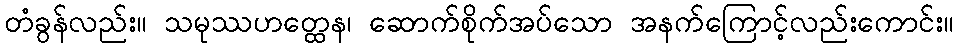
တံခွန်လည်း။ သမုဿဟတ္ထေန၊ ဆောက်စိုက်အပ်သော အနက်ကြောင့်လည်းကောင်း။